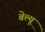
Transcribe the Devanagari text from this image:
बेल्यू